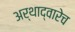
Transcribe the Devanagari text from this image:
अर्थाद्वारेच